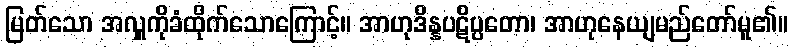
မြတ်သော အလှူကိုခံထိုက်သောကြောင့်။ အာဟုဒိန္နပဋိပ္ပတော၊ အာဟုနေယျမည်တော်မူ၏။